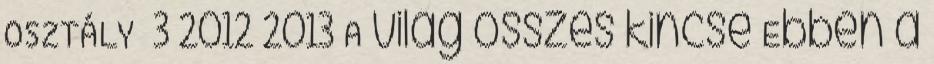
OSZTÁLY 3 2012 2013 A világ összes kincse Ebben a